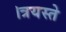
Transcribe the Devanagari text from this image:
।त्रयस्ते